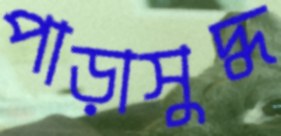
পাড়াসুদ্ধ